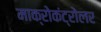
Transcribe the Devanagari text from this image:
माक्रोकंट्रोलर